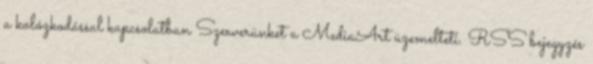
a kalózkodással kapcsolatban Szerverünket a MediaArt üzemelteti. RSS bejegyzés